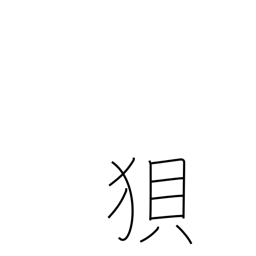
Meaning: wolf